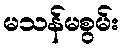
မသန်မစွမ်း